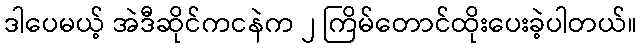
ဒါပေမယ့် အဲဒီဆိုင်ကငနဲက ၂ ကြိမ်တောင်ထိုးပေးခဲ့ပါတယ်။